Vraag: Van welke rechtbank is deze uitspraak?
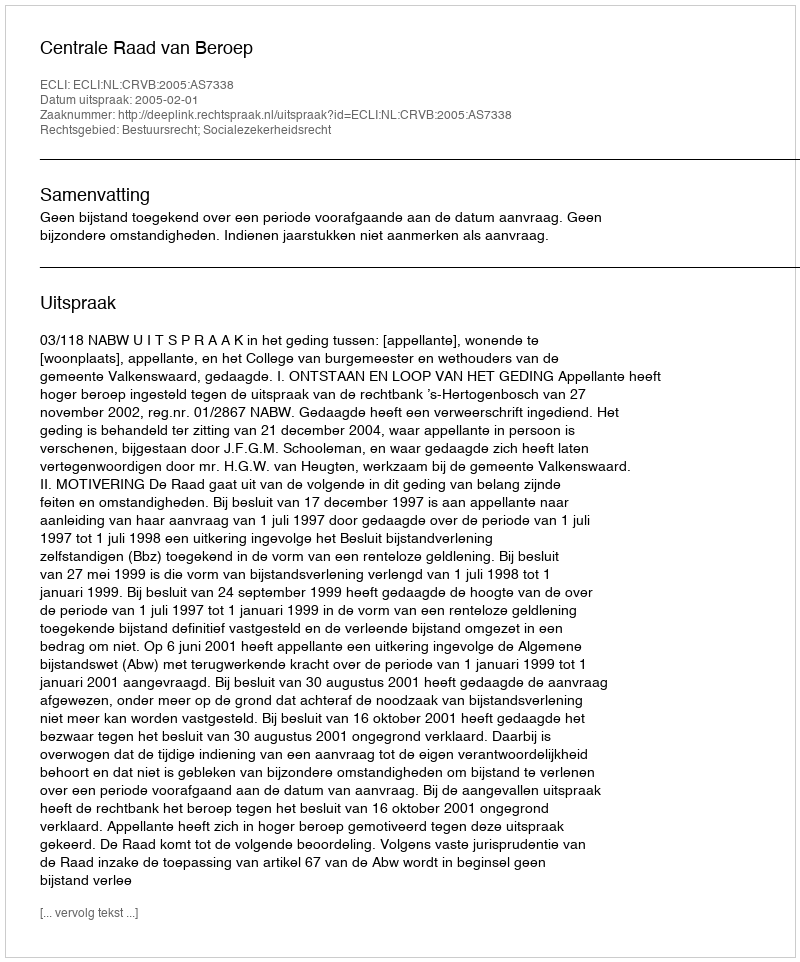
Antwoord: Centrale Raad van Beroep